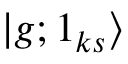
| g ; 1 _ { k s } \rangle